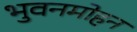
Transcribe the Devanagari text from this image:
भुवनमोहन